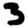
Digit: 3